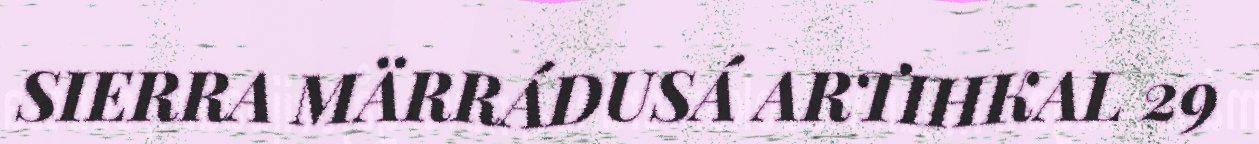
SIERRA MÄRRÁDUSÁ ARTIHKAL 29